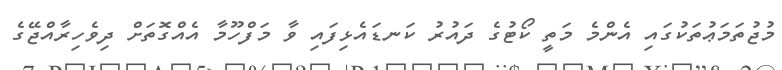
މުޖުތަމަޢުތަކުގައި އެންމެ މަތީ ކޯޓުގެ ދައުރު ކަނޑައެޅިފައި ވާ މަފްހޫމާ އެއްގޮތަށް ދިވެހިރާއްޖޭގެ